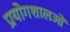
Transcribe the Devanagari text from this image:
प्रयोगशालओं